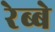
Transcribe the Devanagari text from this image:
रेब्बे